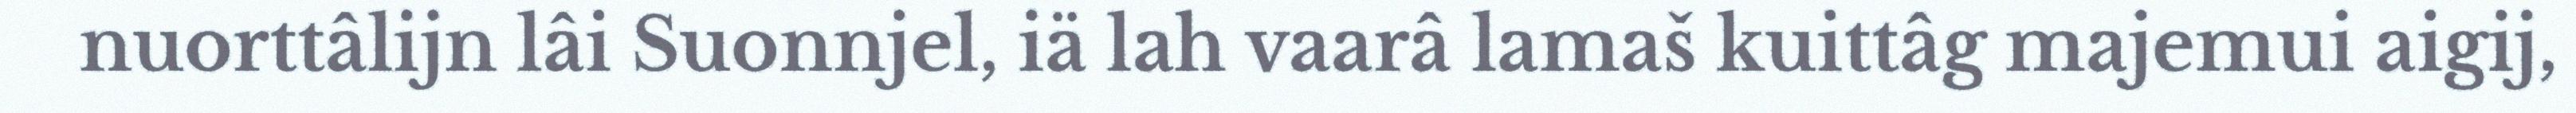
nuorttâlijn lâi Suonnjel, iä lah vaarâ lamaš kuittâg majemui aigij,